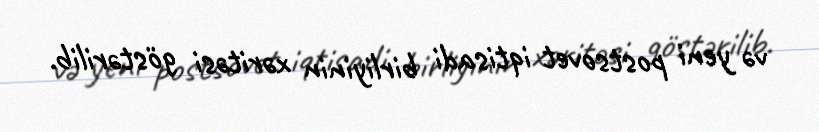
və yeni postsovet iqtisadi birliyinin xəritəsi göstərilib.